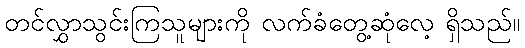
တင်လွှာသွင်းကြသူများကို လက်ခံတွေ့ဆုံလေ့ ရှိသည်။